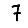
Digit: 7